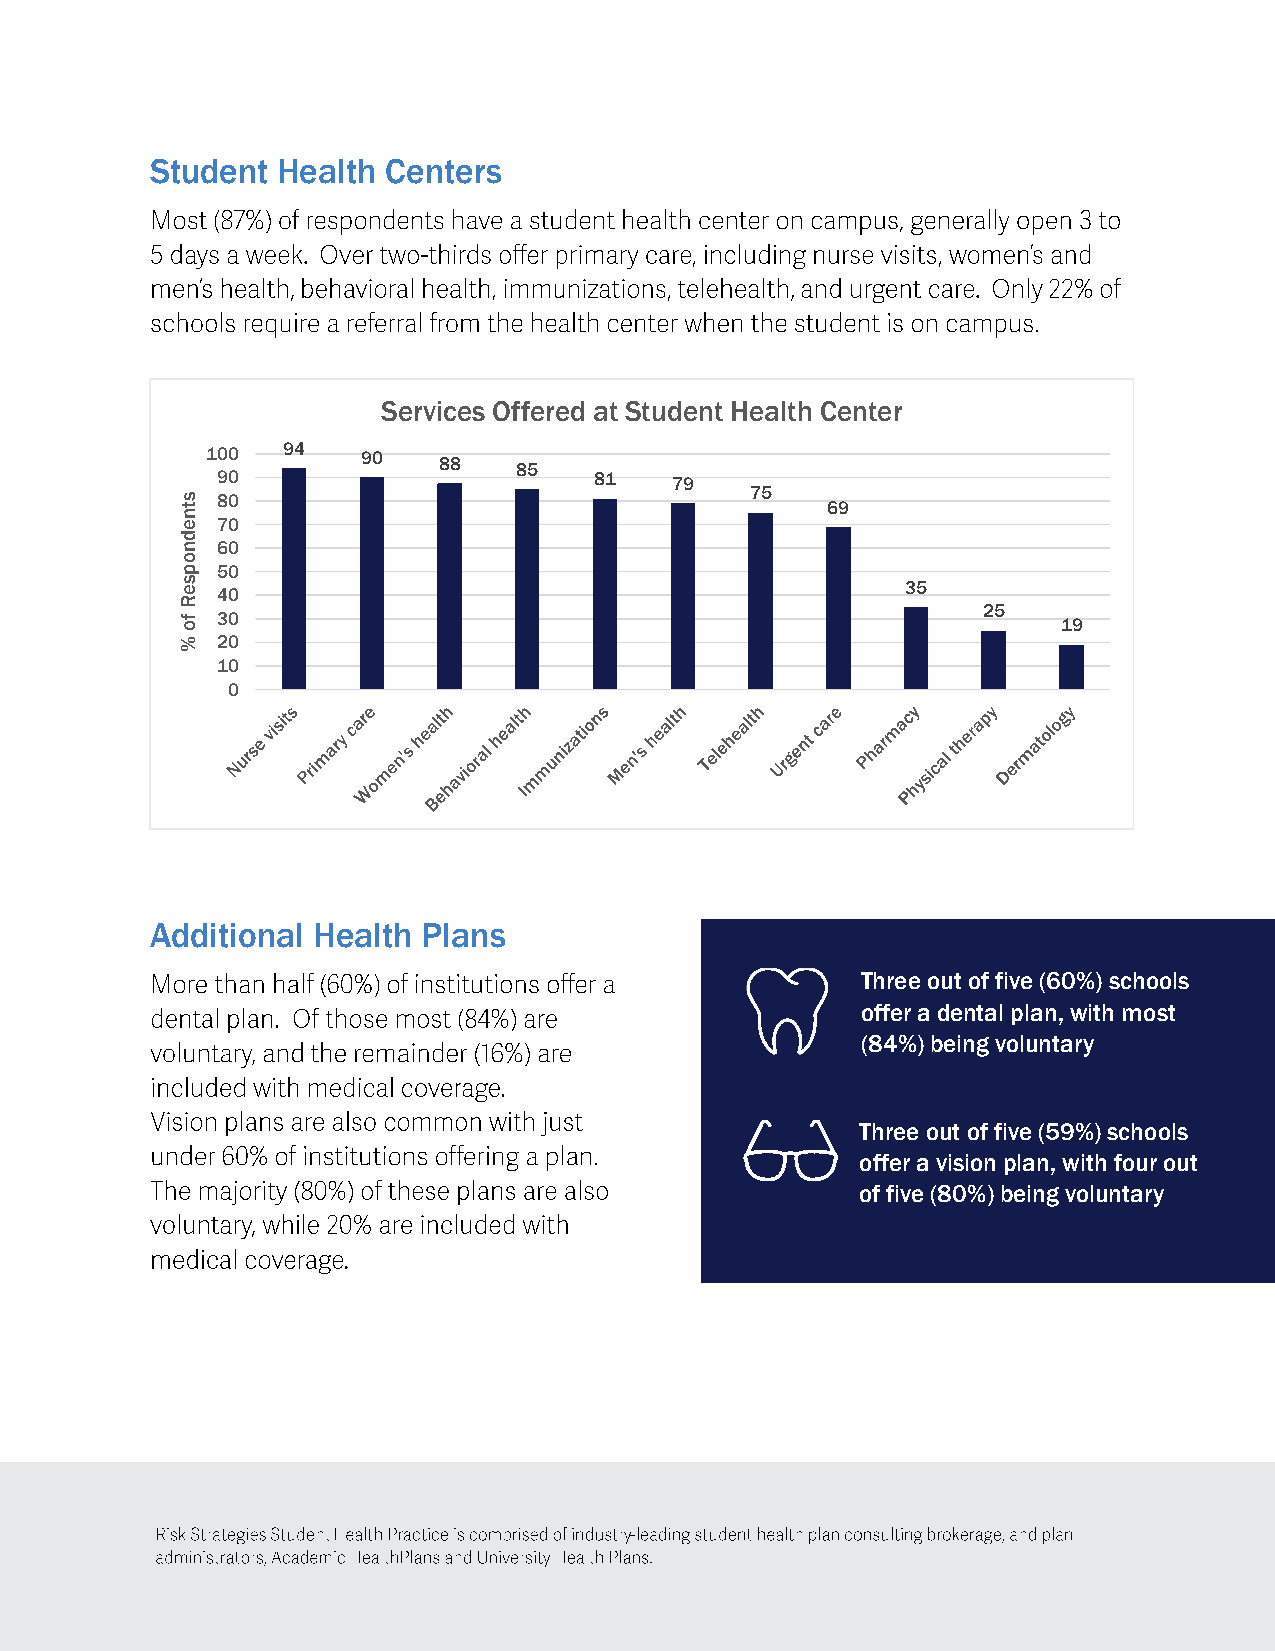
Student Health  Centers
 Services Offered at Student Health Center
 100  94   90   88   85
 90                       81   79
 75
 s 80
 t                                          69
 n
 e 70
 d
 n 60
 o
 p 50
 s e 40                                          35
 R
 f o 30
 25
 19
 % 20
 10
 0
 Additional Health Plans
 Three out of five (60%) schools
 offer a dental plan, with most
 (84%) being voluntary
 Three out of five (59%) schools
 offer a vision plan, with four out
 of five (80%) being voluntary